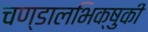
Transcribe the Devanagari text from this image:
चण्डालभिक्षुकी